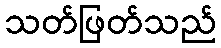
သတ်ဖြတ်သည်